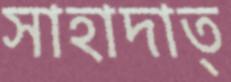
সাহাদাত্